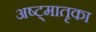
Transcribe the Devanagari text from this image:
अष्ट्मातृका